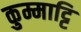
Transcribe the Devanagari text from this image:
कुम्माट्टि